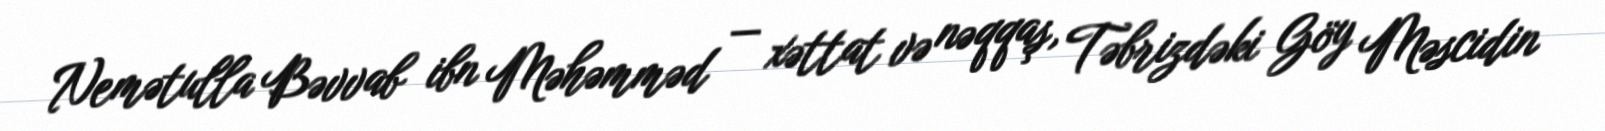
Nemətulla Bəvvab ibn Məhəmməd — xəttat və nəqqaş, Təbrizdəki Göy Məscidin